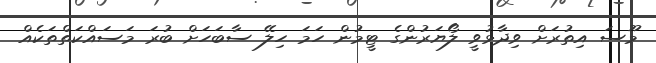
މޫސަ އިތުރަށް ވިދާޅުވީ ލޯޔަރުންގެ ޓީމުން ހަމަ ހިލޭ ސާބަހަށް ބުރަ މަސައްކަތްތަކެއް